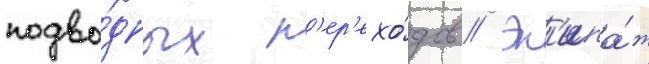
подво́дных п'ер'ехо́дов // Эк'ипа́ж